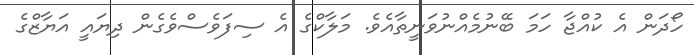
ހޯދަން އެ ކުއްޖާ ހަމަ ބޭނުމެއްނުވަނީތާއެވެ. މަލާކްގެ އެ ސިފަވެސްވެގެން ދިޔައީ އަޔާޒްގެ